Civil Veterinary Dept. Bombay admin report 1907-1913 - 1907-1913
Year: 1907
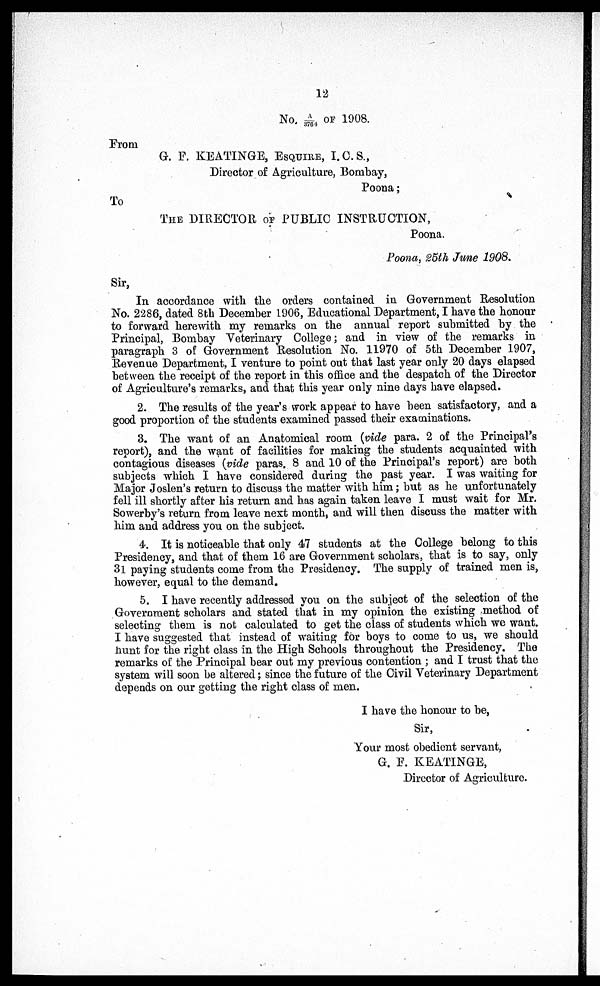
12
No. A/3764 or 1908.
From
G. P. KEATINGE, ESQUIRE, I.C.S.,
Director of Agriculture, Bombay,
Poona;
To
THE DIRECTOR OF PUBLIC INSTRUCTION,
Poona.
Poona, 25th June 1908.
Sir,
In accordance with the orders contained in Government Resolution
No. 2286, dated 8th December 1906, Educational Department, I have the honour
to forward herewith my remarks on the annual report submitted by the
Principal, Bombay Veterinary College; and in view of the remarks in
paragraph 3 of Government Resolution No. 11970 of 5th December 1907,
Revenue Department, I venture to point out that last year only 20 days elapsed
between the receipt of the report in this office and the despatch of the Director
of Agriculture's remarks, and that this year only nine days have elapsed.
2. The results of the year's work appear to have been satisfactory, and a
good proportion of the students examined passed their examinations.
3. The want of an Anatomical room (vide para. 2 of the Principal's
report), and the want of facilities for making the students acquainted with
contagious diseases (vide paras. 8 and 10 of the Principal's report) are both
subjects which I have considered during the past year. I was waiting for
Major Joslen's return to discus9 the matter with him; but as he unfortunately
fell ill shortly after his return and has again taken leave I must wait for Mr.
Sowerby's return from leave next month, and will then discuss the matter with
him and address you on the subject.
4. It is noticeable that only 47 students at the College belong to this
Presidency, and that of them 16 are Government scholars, that is to say, only
31 paying students come from the Presidency. The supply of trained men is,
however, equal to the demand.
5. I have recently addressed you on the subject of the selection of the
Government scholars and stated that in my opinion the existing method of
selecting them is not calculated to get the class of students which we want.
I have suggested that instead of waiting for boys to come to us, we should
hunt for the right class in the High Schools throughout the Presidency. The
remarks of the Principal bear out my previous contention; and I trust that the
system will soon be altered; since the future of the Civil Veterinary Department
depends on our getting the right class of men.
I have the honour to be,
Sir,
Your most obedient servant,
G. E. KEATINGE,
Director of Agriculture.